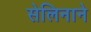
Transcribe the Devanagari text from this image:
सेलिनाने